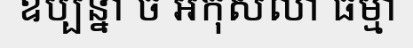
ឧប្បន្នា ច អកុសលា ធម្មា